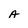
Character: A